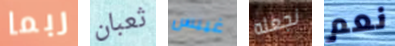
ربما ثعبان غيبس نجعله نعم